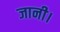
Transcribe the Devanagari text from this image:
जानी।